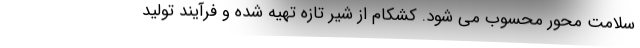
سلامت محور محسوب می شود. کشکام از شیر تازه تهیه شده و فرآیند تولید